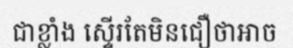
ជាខ្លាំង ស្ទើរតែមិនជឿថាអាច